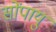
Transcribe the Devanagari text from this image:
सोंपायुं